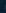
.